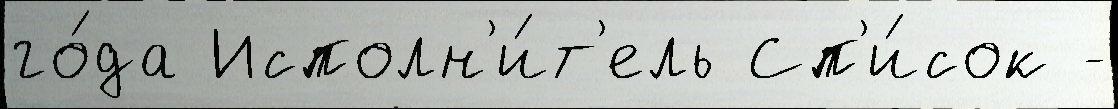
го́да Исполн'и́т'ель Сп'и́сок -